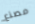
مصنع